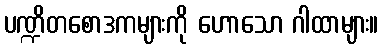
ပဏ္ဍိတစောဒကများကို ဟောသော ဂါထာများ။